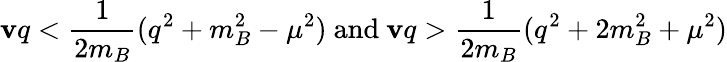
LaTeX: \mathbf{v}q<\frac{{1}}{{2m_{B}}}(q^{2}+m_{B}^{2}-\mu^{2})\mathrm{{~and~}}\mathbf{v}q>\frac{{1}}{{2m_{B}}}(q^{2}+2m_{B}^{2}+\mu^{2})